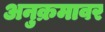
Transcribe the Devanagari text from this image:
अनुक्रमावर